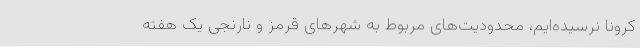
کرونا نرسیده‌ایم، محدودیت‌های مربوط به شهرهای قرمز و نارنجی یک هفته